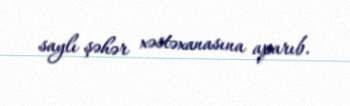
saylı şəhər xəstəxanasına aparıb.